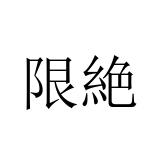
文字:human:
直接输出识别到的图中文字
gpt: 限絶